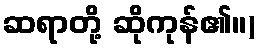
ဆရာတို့ ဆိုကုန်၏။)